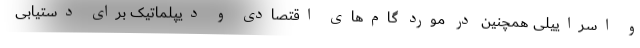
و اسراییلی همچنین در مورد گام‌های اقتصادی و دیپلماتیک برای دستیابی